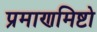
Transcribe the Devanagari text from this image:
प्रमाणमिष्टो